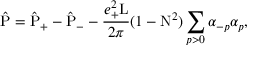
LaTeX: \hat { \mathrm { P } } = \hat { \mathrm { P } } _ { + } - \hat { \mathrm { P } } _ { - } - \frac { e _ { + } ^ { 2 } \mathrm { L } } { 2 \pi } ( 1 - \mathrm { N } ^ { 2 } ) \sum _ { p > 0 } { \alpha } _ { - p } { \alpha } _ { p } ,